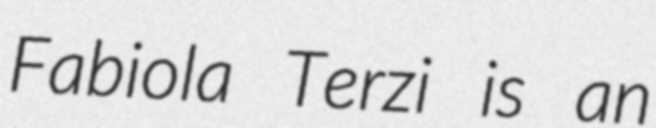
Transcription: Fabiola Terzi is an